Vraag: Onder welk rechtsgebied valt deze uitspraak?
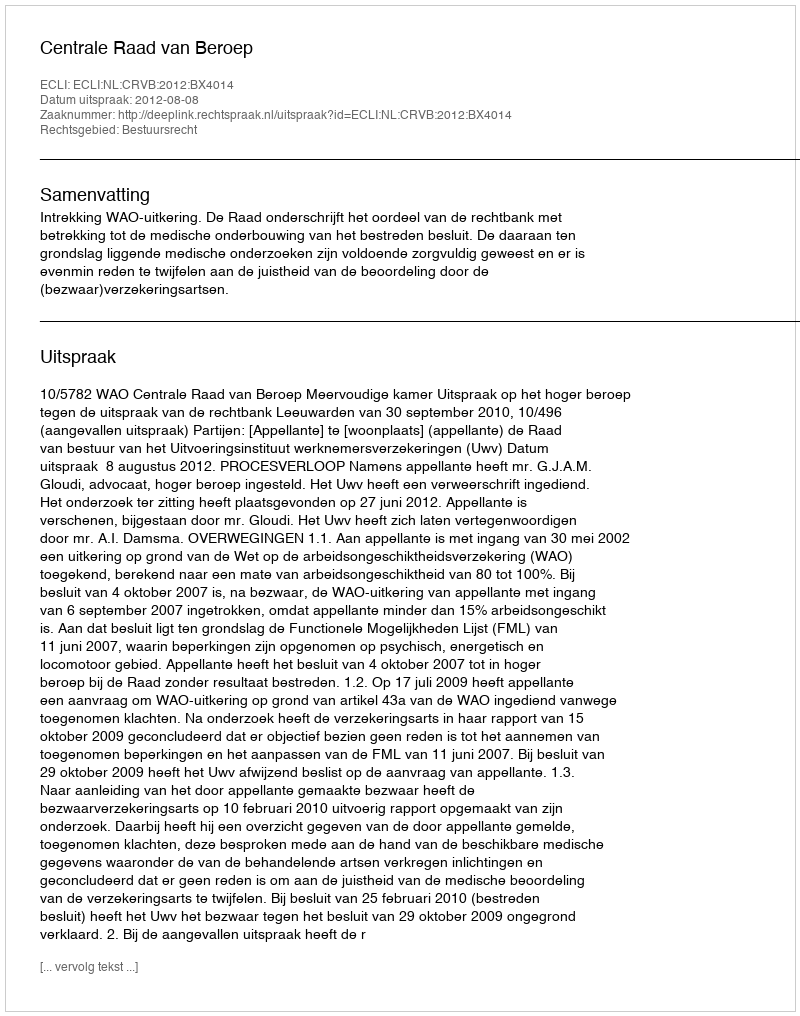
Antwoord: Bestuursrecht